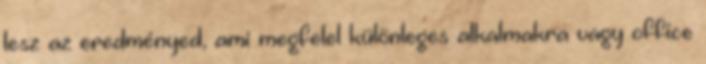
lesz az eredményed, ami megfelel különleges alkalmakra vagy office